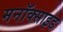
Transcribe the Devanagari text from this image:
मनॉक्साइड